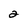
Character: 2